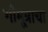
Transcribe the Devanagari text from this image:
गोमूत्राचा